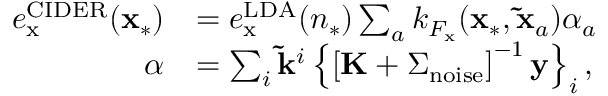
\begin{array} { r l } { e _ { \mathrm { x } } ^ { \mathrm { C I D E R } } ( \mathbf { x } _ { * } ) } & { = e _ { \mathrm { x } } ^ { \mathrm { L D A } } ( n _ { * } ) \sum _ { a } k _ { F _ { \mathrm { x } } } ( \mathbf { x } _ { * } , \mathbf { \tilde { x } } _ { a } ) \alpha _ { a } } \\ { \boldsymbol { \alpha } } & { = \sum _ { i } \mathbf { \tilde { k } } ^ { i } \left\{ \left[ \mathbf { K } + \Sigma _ { \mathrm { n o i s e } } \right] ^ { - 1 } \mathbf { y } \right\} _ { i } , } \end{array}